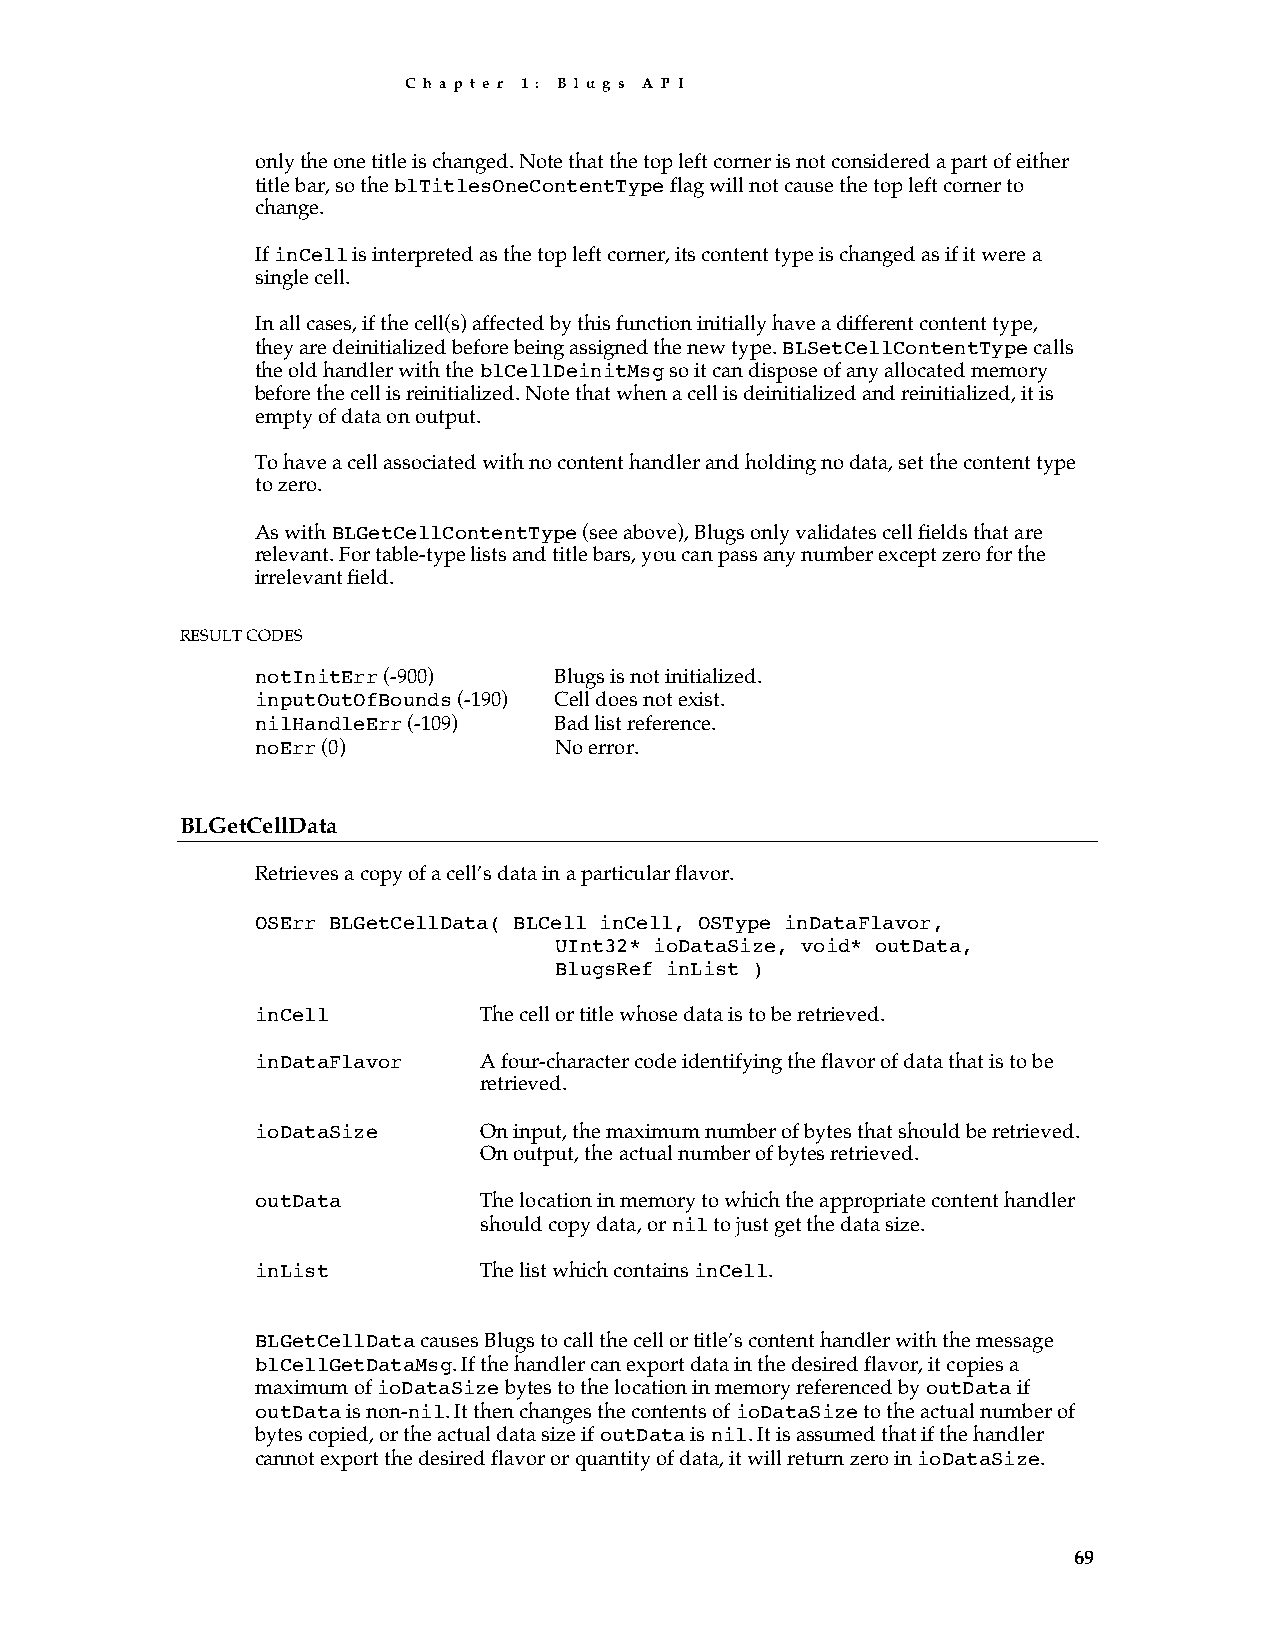
C h a p t e r 1 : B l u g s A P I
 only the one title is changed. Note that the top left corner is not considered a part of either
 title bar, so the blTitlesOneContentType flag will not cause the top left corner to
 change.
 If inCell is interpreted as the top left corner, its content type is changed as if it were a
 single cell.
 In all cases, if the cell(s) affected by this function initially have a different content type,
 they are deinitialized before being assigned the new type. BLSetCellContentType calls
 the old handler with the blCellDeinitMsg so it can dispose of any allocated memory
 before the cell is reinitialized. Note that when a cell is deinitialized and reinitialized, it is
 empty of data on output.
 To have a cell associated with no content handler and holding no data, set the content type
 to zero.
 As with BLGetCellContentType (see above), Blugs only validates cell fields that are
 relevant. For table-type lists and title bars, you can pass any number except zero for the
 irrelevant field.
 RESULT CODES
 notInitErr (-900)   Blugs is not initialized.
 inputOutOfBounds (-190) Cell does not exist.
 nilHandleErr (-109) Bad list reference.
 noErr (0)           No error.
 BLGetCellData
 Retrieves a copy of a cell’s data in a particular flavor.
 OSErr BLGetCellData( BLCell inCell, OSType inDataFlavor,
 UInt32* ioDataSize, void* outData,
 BlugsRef inList )
 inCell         The cell or title whose data is to be retrieved.
 inDataFlavor   A four-character code identifying the flavor of data that is to be
 retrieved.
 ioDataSize     On input, the maximum number of bytes that should be retrieved.
 On output, the actual number of bytes retrieved.
 outData        The location in memory to which the appropriate content handler
 should copy data, or nil to just get the data size.
 inList         The list which contains inCell.
 BLGetCellData causes Blugs to call the cell or title’s content handler with the message
 blCellGetDataMsg. If the handler can export data in the desired flavor, it copies a
 maximum of ioDataSize bytes to the location in memory referenced by outData if
 outData is non-nil. It then changes the contents of ioDataSize to the actual number of
 bytes copied, or the actual data size if outData is nil. It is assumed that if the handler
 cannot export the desired flavor or quantity of data, it will return zero in ioDataSize.
 69